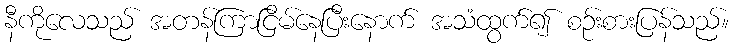
နီကိုလေသည် အတန်ကြာငြိမ်နေပြီးနောက် အသံထွက်၍ စဉ်းစားပြန်သည်။